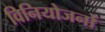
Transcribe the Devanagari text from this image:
विनियोजनों